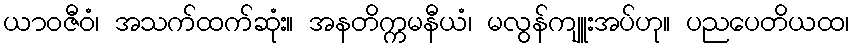
ယာဝဇီဝံ၊ အသက်ထက်ဆုံး။ အနတိက္ကမနီယံ၊ မလွန်ကျူးအပ်ဟု။ ပညပေတိယထ၊